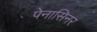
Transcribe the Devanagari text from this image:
पेनासिनर